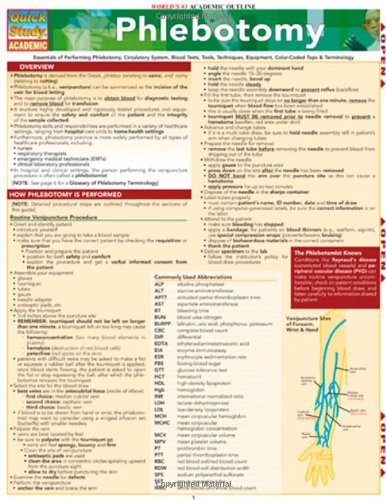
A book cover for Phlebotomy (Quickstudy: Academic); Inc. BarCharts; Medical Books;